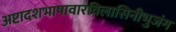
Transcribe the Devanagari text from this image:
अष्टादशभाषावारविलासिनीभुजंग